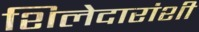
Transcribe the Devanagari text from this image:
शिलेदारांशी